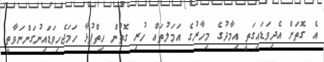
އެ ގޮތަށް އެދިވަޑައިގަތީ އިމާދުގެ މިހާރުގެ އަމަލުތައް ހުރި ގޮތުން ހިތްޕުޅާ ހަމަޖެހިވަޑައިނުގަންނަވާތީ